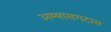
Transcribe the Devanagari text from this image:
अभ्यासगटास